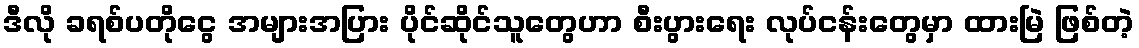
ဒီလို ခရစ်ပတိုငွေ အများအပြား ပိုင်ဆိုင်သူတွေဟာ စီးပွားရေး လုပ်ငန်းတွေမှာ ထားမြဲ ဖြစ်တဲ့